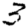
Digit: 3